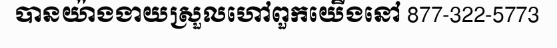
បានយ៉ាងងាយស្រួលហៅពួកយើងនៅ 877-322-5773